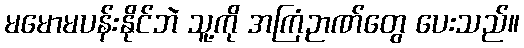
မမောမပန်းနိုင်ဘဲ သူ့ကို အကြံဉာဏ်တွေ ပေးသည်။